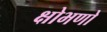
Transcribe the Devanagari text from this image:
क्षोभणो